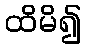
ထိမိ၍